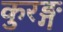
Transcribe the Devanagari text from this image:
कुरङ्ग